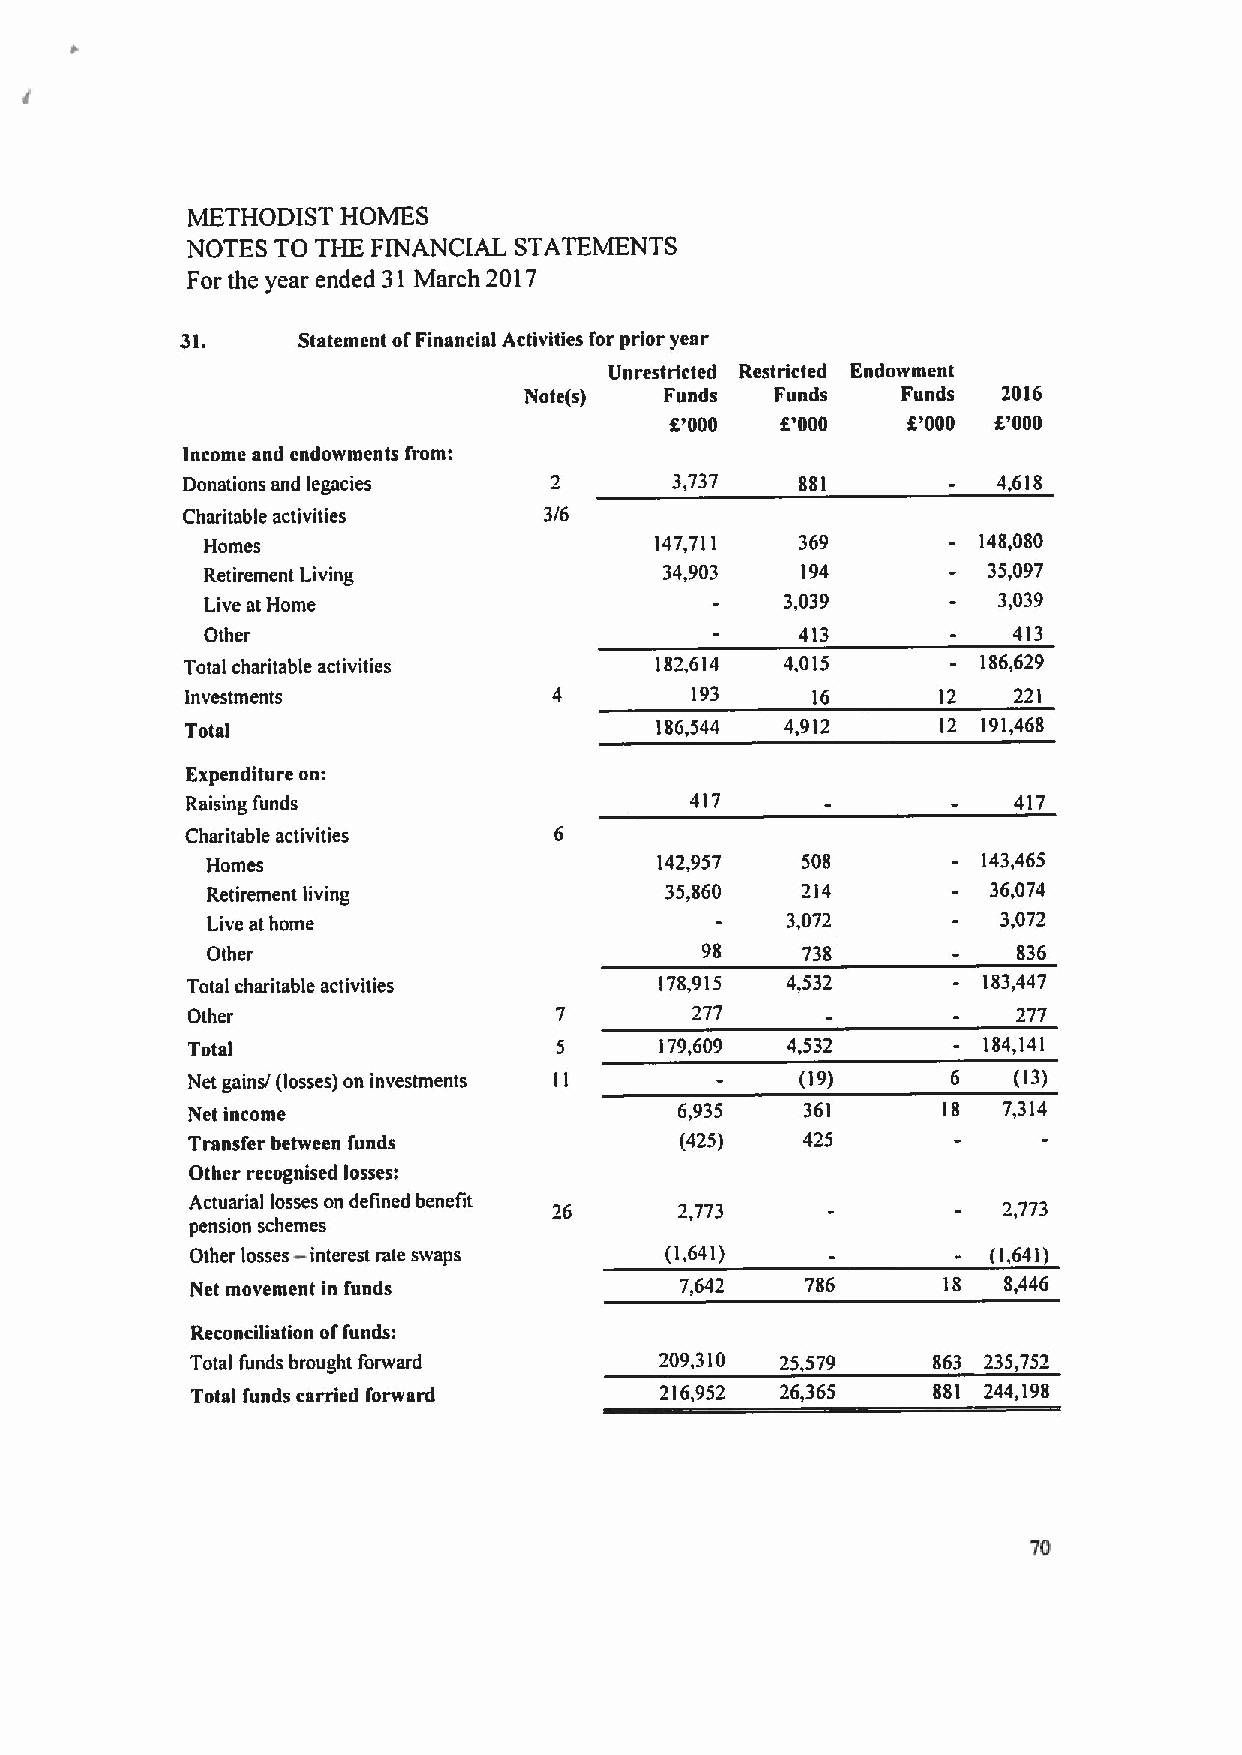
METHODIST  HOMES
 NOTES TO THE FINANCIAL STATEMENTS
 For the year ended 31 March 2017
 31.     Statement ofFinancial Activities for prior year
 Unrestricted Restricted Endowment
 Note(s)  Funds  Funds    Funds 2016
 K'000   K'000   8'000 K'000
 Income and endowments from:
 Donations and legacies          3,737    881          4,618
 Charitable activities   3/6
 Homes                        147,711   369         148,080
 Retirement Living             34,903   194         35,097
 Live at Home                          3,039         3,039
 Other                                  413           413
 Total charitable activities    182,614  4,015        186,629
 investments                       193     16      12   221
 Total                          186,544  4,912     12 191,468
 Expenditure on:
 Raising funds                     417                  417
 Charitable activities
 Homes                        142,957   508         143,465
 Retireinent living            35,860   214          36,074
 Live at home                          3,072         3,072
 Other                           98     738           $36
 Total charitable activities     178,915 4,532        183,447
 Other                             277                  277
 Total                           179,609 4,532        184,141
 Net gains/ (losses) on investments       (19)      6   (13)
 Net income                       6,935   361      18  7,314
 Transfer between funds           (425)   425
 Other recognised losses:
 Actuarial losses on defined benefit 26 2,773         2,773
 pension schem-es
 Other losses interest rate swaps (1,641)             (1,641)
 Net movement in funds           7,642   786      18  8,446
 Reconciliation offunds:
 Total funds brought forward    209,310 25 579    $63 235,752
 Total funds carried forward    216,952 26,365    881 244,198
 70